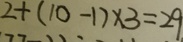
2 + ( 1 0 - 1 ) \times 3 = 2 9